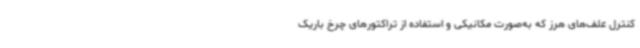
کنترل علف‌های هرز که به‌صورت مکانیکی و استفاده از تراکتورهای چرخ باریک